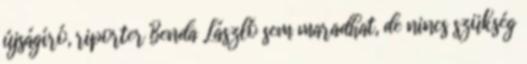
újságíró, riporter Benda László sem maradhat, de nincs szükség